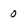
Character: 0